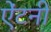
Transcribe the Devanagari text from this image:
ऐंटनी